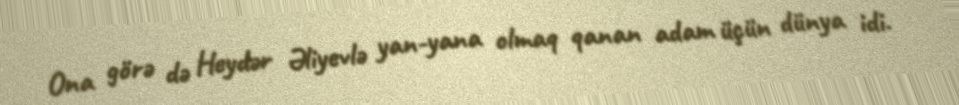
Ona görə də Heydər Əliyevlə yan-yana olmaq qanan adam üçün dünya idi.